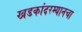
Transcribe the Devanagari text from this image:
खडकांदरम्यानचा